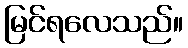
မြင်ရလေသည်။